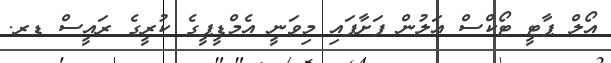
އޯލް ޕާޓީ ޓޯކްސް އަލުން ފަށާފައި މިވަނީ އެމްޑީޕީގެ ކުރީގެ ރައީސް ޑރ.